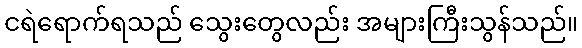
ငရဲရောက်ရသည် သွေးတွေလည်း အများကြီးသွန်သည်။